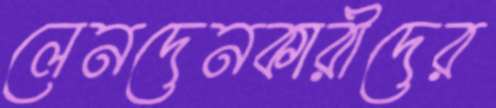
লেনদেনকারীদের